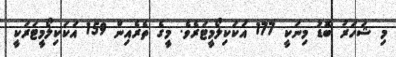
މި ޝަހަރު ބޮޑު މިނަކީ 177 އަކަކިލޯމީޓަރެވެ. މީގެ ތެރެއިން 159 އަކަކިލޯމީޓަރަކީ